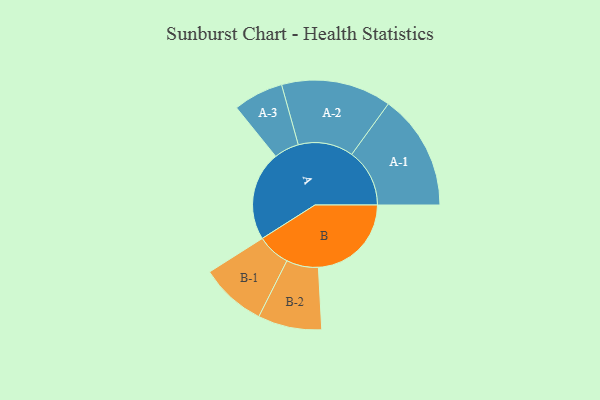
{"axis": {"x": "Segment", "y": "Value"}, "legend": ["", "A", "B"], "data": [{"x": "A", "y": 389, "type": ""}, {"x": "B", "y": 405, "type": ""}, {"x": "A-1", "y": 252, "type": "A"}, {"x": "A-2", "y": 240, "type": "A"}, {"x": "A-3", "y": 109, "type": "A"}, {"x": "B-1", "y": 144, "type": "B"}, {"x": "B-2", "y": 139, "type": "B"}]}